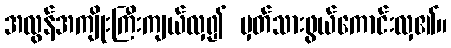
အလွန်အကျိုးကြီးကျယ်လှ၍ မှတ်သားဖွယ်ကောင်းလှ၏။